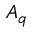
A _ { \mathfrak { q } }